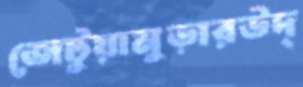
জেটুয়ামুড়ারউদ্